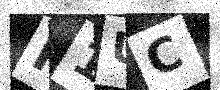
Text: R1UC